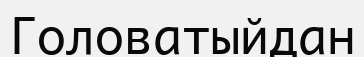
Головатыйдан